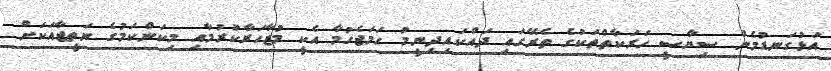
އަޅުގަނޑުމެން ސިޔާސީ ހަރަކާތްތަކުގެ ތެރޭގައި ދައްކައިދިނީމު ހަމަޖެހުމާ އެކީ މުޒާހަރާކުރުމާއި މިކަންކަމުގެ ނަތީޖާއަކަށް